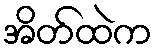
အိတ်ထဲက